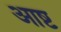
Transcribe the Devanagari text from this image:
आष्ट